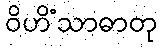
ဝိဟိံသာဓာတု